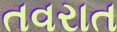
તવરાત